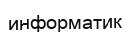
информатик